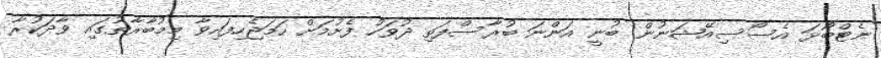
ނެޓްބޯޅަ އެސޯސިއޭޝަނުން ބުނީ އަންނަ ބުރާސްފަތި ދުވަހު ފެށުމަށް ހަމަޖެހިފައިވާ މިމުބާރާތުގައި ވާދަކުރާ